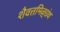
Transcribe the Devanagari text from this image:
शैवत्तमिऴ्‌ग्रंथ